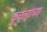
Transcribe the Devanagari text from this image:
कुचंल्याच्या